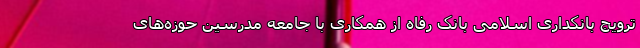
ترویج بانکداری اسلامی بانک رفاه از همکاری با جامعه مدرسین حوزه‌های